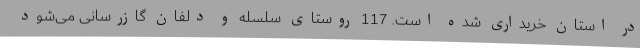
در استان خریداری شده است. 117 روستای سلسله و دلفان گازرسانی می‌شود